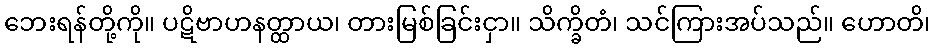
ဘေးရန်တို့ကို။ ပဋိဗာဟနတ္ထာယ၊ တားမြစ်ခြင်းငှာ။ သိက္ခိတံ၊ သင်ကြားအပ်သည်။ ဟောတိ၊